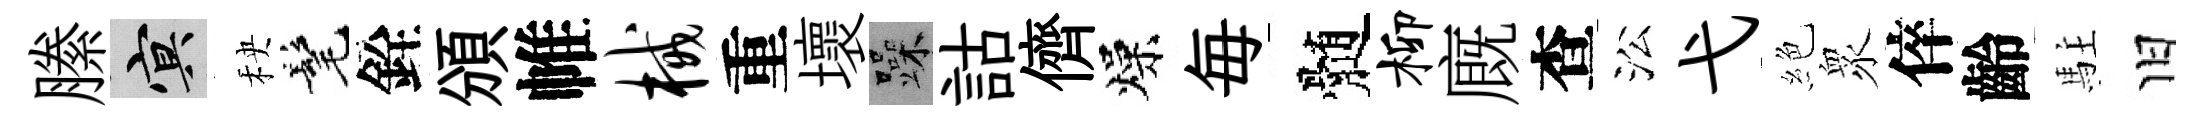
縢冥秧髦銓頒帷械重壞躁詁儕燥毎髄柳廐查㳂弋絶衆倅齡駐旧